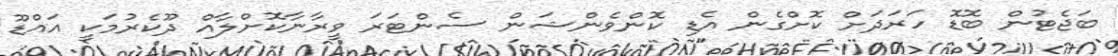
ބަޖެޓުން ބޮޑޮ ހަރަދަށް ކޮށްގެން އެޑި ކޮންވެންޝަން ސެންޓަރަ ވީރާނާކޮށްލާއް ދޫކެރުމަކީ އައްޑޫ